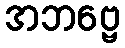
အဘဗ္ဗေ